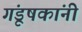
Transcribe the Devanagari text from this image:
गंडूषकांनीं